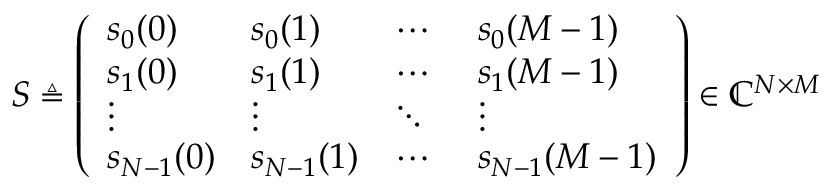
\begin{array} { r } { \boldsymbol { S } \triangleq \left( \begin{array} { l l l l } { s _ { 0 } ( 0 ) } & { s _ { 0 } ( 1 ) } & { \cdots \ } & { s _ { 0 } ( M - 1 ) } \\ { s _ { 1 } ( 0 ) } & { s _ { 1 } ( 1 ) } & { \cdots \ } & { s _ { 1 } ( M - 1 ) } \\ { \vdots } & { \vdots } & { \ddots } & { \vdots } \\ { s _ { N - 1 } ( 0 ) } & { s _ { N - 1 } ( 1 ) } & { \cdots \ } & { s _ { N - 1 } ( M - 1 ) } \end{array} \right) \in { \mathbb { C } } ^ { N \times M } } \end{array}